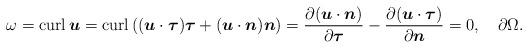
LaTeX: \begin{align*}\omega={\mathrm{curl}\,}\boldsymbol u={\mathrm{curl}\,}( (\boldsymbol u\cdot\boldsymbol\tau)\boldsymbol\tau + (\boldsymbol u\cdot\boldsymbol n)\boldsymbol n)=\frac{\partial(\boldsymbol u\cdot\boldsymbol n)}{\partial \boldsymbol\tau} - \frac{\partial(\boldsymbol u\cdot\boldsymbol \tau)}{\partial\boldsymbol n}=0,\quad\partial\Omega.\end{align*}